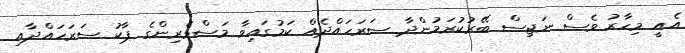
އެއީ މިހާރު ވެސް ނަޖިސް ބޭރުކުރަމުންދާ ސަރަހައްދެއް ކަމުގައިވާ މަސްވެރިންގެ ޕާކު ސަރަހައްދާއި